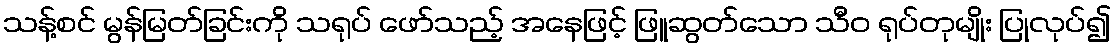
သန့်စင် မွန်မြတ်ခြင်းကို သရုပ် ဖော်သည့် အနေဖြင့် ဖြူဆွတ်သော သီဝ ရုပ်တုမျိုး ပြုလုပ်၍